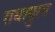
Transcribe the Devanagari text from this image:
राधापुरम